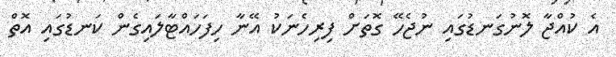
އެ ކުއްޖާ ލޮނުގަނޑުގައި ނުޖެހޭ ގޮތަށް ފިރިހެނަކު އޭނާ ހިފަހައްޓާލައިގެން ކަނޑުގައި އޮތް